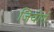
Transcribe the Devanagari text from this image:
जियोर्ग